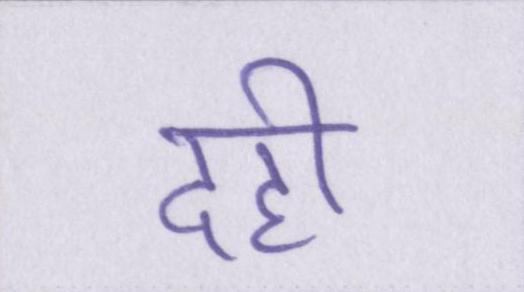
दही